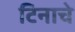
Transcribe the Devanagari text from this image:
टिनाचे